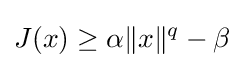
J(x)\geq \alpha \lVert x\rVert ^{q}-\beta